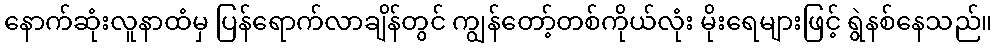
နောက်ဆုံးလူနာထံမှ ပြန်ရောက်လာချိန်တွင် ကျွန်တော့်တစ်ကိုယ်လုံး မိုးရေများဖြင့် ရွဲနစ်နေသည်။